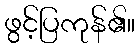
ဖွင့်ပြကုန်၏။